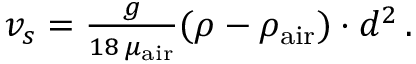
\begin{array} { r } { v _ { s } = \frac { g } { 1 8 \, \mu _ { \mathrm { a i r } } } ( \rho - \rho _ { \mathrm { a i r } } ) \cdot d ^ { 2 } \, . } \end{array}